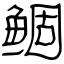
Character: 鲴